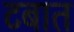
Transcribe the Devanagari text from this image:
टबात